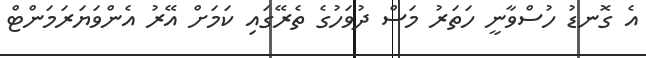
އެ ގޮނޑު ހުސްވާނީ ހަތަރު މަސް ދުވަހުގެ ތެރޭގައި ކަމަށް އޭރު އެންވަޔަރަމަންޓް